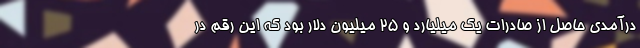
درآمدی حاصل از صادرات یک میلیارد و 25 میلیون دلار بود که این رقم در